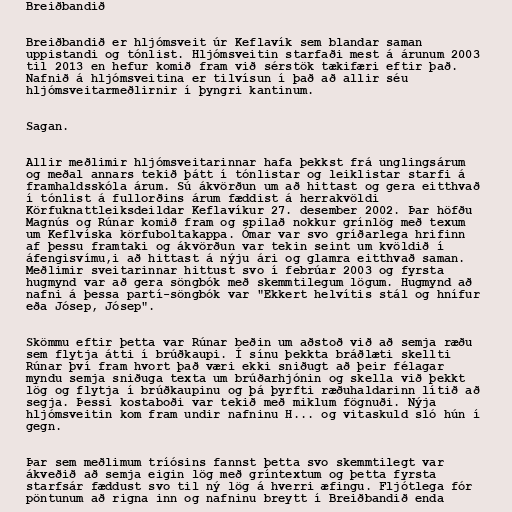
Breiðbandið

Breiðbandið er hljómsveit úr Keflavík sem blandar saman
uppistandi og tónlist. Hljómsveitin starfaði mest á árunum 2003
til 2013 en hefur komið fram við sérstök tækifæri eftir það.
Nafnið á hljómsveitina er tilvísun í það að allir séu
hljómsveitarmeðlirnir í þyngri kantinum.

Sagan.

Allir meðlimir hljómsveitarinnar hafa þekkst frá unglingsárum
og meðal annars tekið þátt í tónlistar og leiklistar starfi á
framhaldsskóla árum. Sú ákvörðun um að hittast og gera eitthvað
í tónlist á fullorðins árum fæddist á herrakvöldi
Körfuknattleiksdeildar Keflavíkur 27. desember 2002. Þar höfðu
Magnús og Rúnar komið fram og spilað nokkur grínlög með texum
um Keflvíska körfuboltakappa. Ómar var svo gríðarlega hrifinn
af þessu framtaki og ákvörðun var tekin seint um kvöldið í
áfengisvímu,i að hittast á nýju ári og glamra eitthvað saman.
Meðlimir sveitarinnar hittust svo í febrúar 2003 og fyrsta
hugmynd var að gera söngbók með skemmtilegum lögum. Hugmynd að
nafni á þessa partí-söngbók var "Ekkert helvítis stál og hnífur
eða Jósep, Jósep".

Skömmu eftir þetta var Rúnar beðin um aðstoð við að semja ræðu
sem flytja átti í brúðkaupi. Í sínu þekkta bráðlæti skellti
Rúnar því fram hvort það væri ekki sniðugt að þeir félagar
myndu semja sniðuga texta um brúðarhjónin og skella við þekkt
lög og flytja í brúðkaupinu og þá þyrfti ræðuhaldarinn lítið að
segja. Þessi kostaboði var tekið með miklum fögnuði. Nýja
hljómsveitin kom fram undir nafninu H... og vitaskuld sló hún í
gegn.

Þar sem meðlimum tríósins fannst þetta svo skemmtilegt var
ákveðið að semja eigin lög með gríntextum og þetta fyrsta
starfsár fæddust svo til ný lög á hverri æfingu. Fljótlega fór
pöntunum að rigna inn og nafninu breytt í Breiðbandið enda